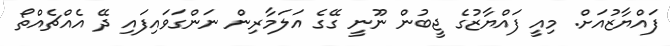
ފައްޔާޒުއަށް. މިއީ ފައްޔާޒުގެ ޖީބުން ނޫނީ ގޭގެ އަލަމާރިން ނަންގަވައިފައި ދޭ އެއްޗެއްތޯ